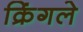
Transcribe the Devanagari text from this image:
क्रिंगले